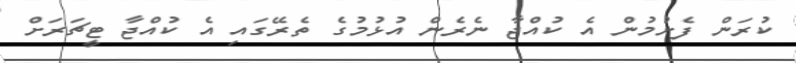
ކުރަން ފެށުމުން އެ ކުއްޖާ ނެރެން އުޅުމުގެ ތެރޭގައި އެ ކުއްޖާ ޓީޗަރަށް